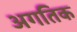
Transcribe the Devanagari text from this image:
अगतिक